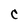
Character: C